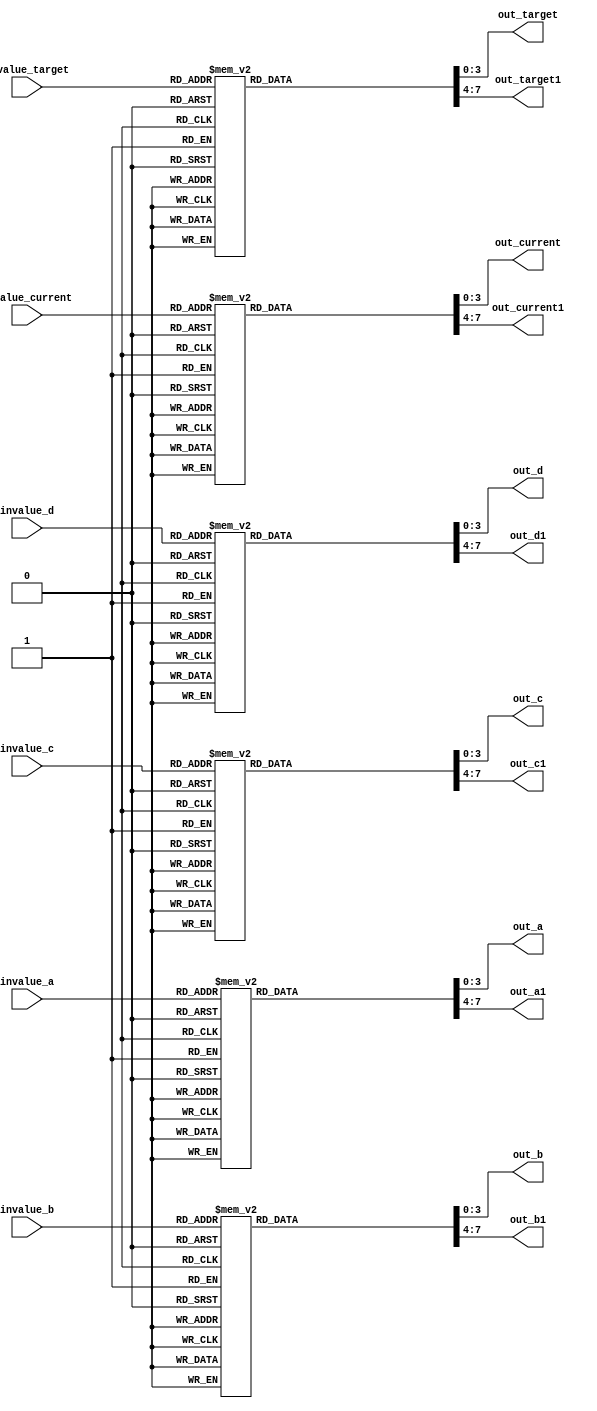
/*
   This file was generated automatically by Alchitry Labs version 1.2.1.
   Do not edit this file directly. Instead edit the original Lucid source.
   This is a temporary file and any changes made to it will be destroyed.
*/

module lookuptable_1 (
    input [3:0] invalue_a,
    input [3:0] invalue_b,
    input [3:0] invalue_c,
    input [3:0] invalue_d,
    input [6:0] invalue_current,
    input [6:0] invalue_target,
    output reg [3:0] out_a,
    output reg [3:0] out_a1,
    output reg [3:0] out_b,
    output reg [3:0] out_b1,
    output reg [3:0] out_c,
    output reg [3:0] out_c1,
    output reg [3:0] out_d,
    output reg [3:0] out_d1,
    output reg [3:0] out_current,
    output reg [3:0] out_current1,
    output reg [3:0] out_target,
    output reg [3:0] out_target1
  );
  
  
  
  always @* begin
    
    case (invalue_a)
      1'h1: begin
        out_a = 4'h1;
        out_a1 = 4'h0;
      end
      2'h2: begin
        out_a = 4'h2;
        out_a1 = 4'h0;
      end
      2'h3: begin
        out_a = 4'h3;
        out_a1 = 4'h0;
      end
      3'h4: begin
        out_a = 4'h4;
        out_a1 = 4'h0;
      end
      3'h5: begin
        out_a = 4'h5;
        out_a1 = 4'h0;
      end
      3'h6: begin
        out_a = 4'h6;
        out_a1 = 4'h0;
      end
      3'h7: begin
        out_a = 4'h7;
        out_a1 = 4'h0;
      end
      4'h8: begin
        out_a = 4'h8;
        out_a1 = 4'h0;
      end
      4'h9: begin
        out_a = 4'h9;
        out_a1 = 4'h0;
      end
      4'ha: begin
        out_a = 4'h0;
        out_a1 = 4'h1;
      end
      4'hb: begin
        out_a = 4'h1;
        out_a1 = 4'h1;
      end
      4'hc: begin
        out_a = 4'h2;
        out_a1 = 4'h1;
      end
      4'hd: begin
        out_a = 4'h3;
        out_a1 = 4'h1;
      end
      4'he: begin
        out_a = 4'h4;
        out_a1 = 4'h1;
      end
      4'hf: begin
        out_a = 4'h5;
        out_a1 = 4'h1;
      end
      default: begin
        out_a = 4'h0;
        out_a1 = 4'h0;
      end
    endcase
    
    case (invalue_b)
      1'h1: begin
        out_b = 4'h1;
        out_b1 = 4'h0;
      end
      2'h2: begin
        out_b = 4'h2;
        out_b1 = 4'h0;
      end
      2'h3: begin
        out_b = 4'h3;
        out_b1 = 4'h0;
      end
      3'h4: begin
        out_b = 4'h4;
        out_b1 = 4'h0;
      end
      3'h5: begin
        out_b = 4'h5;
        out_b1 = 4'h0;
      end
      3'h6: begin
        out_b = 4'h6;
        out_b1 = 4'h0;
      end
      3'h7: begin
        out_b = 4'h7;
        out_b1 = 4'h0;
      end
      4'h8: begin
        out_b = 4'h8;
        out_b1 = 4'h0;
      end
      4'h9: begin
        out_b = 4'h9;
        out_b1 = 4'h0;
      end
      4'ha: begin
        out_b = 4'h0;
        out_b1 = 4'h1;
      end
      4'hb: begin
        out_b = 4'h1;
        out_b1 = 4'h1;
      end
      4'hc: begin
        out_b = 4'h2;
        out_b1 = 4'h1;
      end
      4'hd: begin
        out_b = 4'h3;
        out_b1 = 4'h1;
      end
      4'he: begin
        out_b = 4'h4;
        out_b1 = 4'h1;
      end
      4'hf: begin
        out_b = 4'h5;
        out_b1 = 4'h1;
      end
      default: begin
        out_b = 4'h0;
        out_b1 = 4'h0;
      end
    endcase
    
    case (invalue_c)
      1'h1: begin
        out_c = 4'h1;
        out_c1 = 4'h0;
      end
      2'h2: begin
        out_c = 4'h2;
        out_c1 = 4'h0;
      end
      2'h3: begin
        out_c = 4'h3;
        out_c1 = 4'h0;
      end
      3'h4: begin
        out_c = 4'h4;
        out_c1 = 4'h0;
      end
      3'h5: begin
        out_c = 4'h5;
        out_c1 = 4'h0;
      end
      3'h6: begin
        out_c = 4'h6;
        out_c1 = 4'h0;
      end
      3'h7: begin
        out_c = 4'h7;
        out_c1 = 4'h0;
      end
      4'h8: begin
        out_c = 4'h8;
        out_c1 = 4'h0;
      end
      4'h9: begin
        out_c = 4'h9;
        out_c1 = 4'h0;
      end
      4'ha: begin
        out_c = 4'h0;
        out_c1 = 4'h1;
      end
      4'hb: begin
        out_c = 4'h1;
        out_c1 = 4'h1;
      end
      4'hc: begin
        out_c = 4'h2;
        out_c1 = 4'h1;
      end
      4'hd: begin
        out_c = 4'h3;
        out_c1 = 4'h1;
      end
      4'he: begin
        out_c = 4'h4;
        out_c1 = 4'h1;
      end
      4'hf: begin
        out_c = 4'h5;
        out_c1 = 4'h1;
      end
      default: begin
        out_c = 4'h0;
        out_c1 = 4'h0;
      end
    endcase
    
    case (invalue_d)
      1'h1: begin
        out_d = 4'h1;
        out_d1 = 4'h0;
      end
      2'h2: begin
        out_d = 4'h2;
        out_d1 = 4'h0;
      end
      2'h3: begin
        out_d = 4'h3;
        out_d1 = 4'h0;
      end
      3'h4: begin
        out_d = 4'h4;
        out_d1 = 4'h0;
      end
      3'h5: begin
        out_d = 4'h5;
        out_d1 = 4'h0;
      end
      3'h6: begin
        out_d = 4'h6;
        out_d1 = 4'h0;
      end
      3'h7: begin
        out_d = 4'h7;
        out_d1 = 4'h0;
      end
      4'h8: begin
        out_d = 4'h8;
        out_d1 = 4'h0;
      end
      4'h9: begin
        out_d = 4'h9;
        out_d1 = 4'h0;
      end
      4'ha: begin
        out_d = 4'h0;
        out_d1 = 4'h1;
      end
      4'hb: begin
        out_d = 4'h1;
        out_d1 = 4'h1;
      end
      4'hc: begin
        out_d = 4'h2;
        out_d1 = 4'h1;
      end
      4'hd: begin
        out_d = 4'h3;
        out_d1 = 4'h1;
      end
      4'he: begin
        out_d = 4'h4;
        out_d1 = 4'h1;
      end
      4'hf: begin
        out_d = 4'h5;
        out_d1 = 4'h1;
      end
      default: begin
        out_d = 4'h0;
        out_d1 = 4'h0;
      end
    endcase
    
    case (invalue_current)
      1'h0: begin
        out_current = 4'h0;
        out_current1 = 4'h0;
      end
      1'h1: begin
        out_current = 4'h1;
        out_current1 = 4'h0;
      end
      2'h2: begin
        out_current = 4'h2;
        out_current1 = 4'h0;
      end
      2'h3: begin
        out_current = 4'h3;
        out_current1 = 4'h0;
      end
      3'h4: begin
        out_current = 4'h4;
        out_current1 = 4'h0;
      end
      3'h5: begin
        out_current = 4'h5;
        out_current1 = 4'h0;
      end
      3'h6: begin
        out_current = 4'h6;
        out_current1 = 4'h0;
      end
      3'h7: begin
        out_current = 4'h7;
        out_current1 = 4'h0;
      end
      4'h8: begin
        out_current = 4'h8;
        out_current1 = 4'h0;
      end
      4'h9: begin
        out_current = 4'h9;
        out_current1 = 4'h0;
      end
      4'ha: begin
        out_current = 4'h0;
        out_current1 = 4'h1;
      end
      4'hb: begin
        out_current = 4'h1;
        out_current1 = 4'h1;
      end
      4'hc: begin
        out_current = 4'h2;
        out_current1 = 4'h1;
      end
      4'hd: begin
        out_current = 4'h3;
        out_current1 = 4'h1;
      end
      4'he: begin
        out_current = 4'h4;
        out_current1 = 4'h1;
      end
      4'hf: begin
        out_current = 4'h5;
        out_current1 = 4'h1;
      end
      5'h10: begin
        out_current = 4'h6;
        out_current1 = 4'h1;
      end
      5'h11: begin
        out_current = 4'h7;
        out_current1 = 4'h1;
      end
      5'h12: begin
        out_current = 4'h8;
        out_current1 = 4'h1;
      end
      5'h13: begin
        out_current = 4'h9;
        out_current1 = 4'h1;
      end
      5'h14: begin
        out_current = 4'h0;
        out_current1 = 4'h2;
      end
      5'h15: begin
        out_current = 4'h1;
        out_current1 = 4'h2;
      end
      5'h16: begin
        out_current = 4'h2;
        out_current1 = 4'h2;
      end
      5'h17: begin
        out_current = 4'h3;
        out_current1 = 4'h2;
      end
      5'h18: begin
        out_current = 4'h4;
        out_current1 = 4'h2;
      end
      5'h19: begin
        out_current = 4'h5;
        out_current1 = 4'h2;
      end
      5'h1a: begin
        out_current = 4'h6;
        out_current1 = 4'h2;
      end
      5'h1b: begin
        out_current = 4'h7;
        out_current1 = 4'h2;
      end
      5'h1c: begin
        out_current = 4'h8;
        out_current1 = 4'h2;
      end
      5'h1d: begin
        out_current = 4'h9;
        out_current1 = 4'h2;
      end
      5'h1e: begin
        out_current = 4'h0;
        out_current1 = 4'h3;
      end
      5'h1f: begin
        out_current = 4'h1;
        out_current1 = 4'h3;
      end
      6'h20: begin
        out_current = 4'h2;
        out_current1 = 4'h3;
      end
      6'h21: begin
        out_current = 4'h3;
        out_current1 = 4'h3;
      end
      6'h22: begin
        out_current = 4'h4;
        out_current1 = 4'h3;
      end
      6'h23: begin
        out_current = 4'h5;
        out_current1 = 4'h3;
      end
      6'h24: begin
        out_current = 4'h6;
        out_current1 = 4'h3;
      end
      6'h25: begin
        out_current = 4'h7;
        out_current1 = 4'h3;
      end
      6'h26: begin
        out_current = 4'h8;
        out_current1 = 4'h3;
      end
      6'h27: begin
        out_current = 4'h9;
        out_current1 = 4'h3;
      end
      6'h28: begin
        out_current = 4'h0;
        out_current1 = 4'h4;
      end
      6'h29: begin
        out_current = 4'h1;
        out_current1 = 4'h4;
      end
      6'h2a: begin
        out_current = 4'h2;
        out_current1 = 4'h4;
      end
      6'h2b: begin
        out_current = 4'h3;
        out_current1 = 4'h4;
      end
      6'h2c: begin
        out_current = 4'h4;
        out_current1 = 4'h4;
      end
      6'h2d: begin
        out_current = 4'h5;
        out_current1 = 4'h4;
      end
      6'h2e: begin
        out_current = 4'h6;
        out_current1 = 4'h4;
      end
      6'h2f: begin
        out_current = 4'h7;
        out_current1 = 4'h4;
      end
      6'h30: begin
        out_current = 4'h8;
        out_current1 = 4'h4;
      end
      6'h31: begin
        out_current = 4'h9;
        out_current1 = 4'h4;
      end
      6'h32: begin
        out_current = 4'h0;
        out_current1 = 4'h5;
      end
      6'h33: begin
        out_current = 4'h1;
        out_current1 = 4'h5;
      end
      6'h34: begin
        out_current = 4'h2;
        out_current1 = 4'h5;
      end
      6'h35: begin
        out_current = 4'h3;
        out_current1 = 4'h5;
      end
      6'h36: begin
        out_current = 4'h4;
        out_current1 = 4'h5;
      end
      6'h37: begin
        out_current = 4'h5;
        out_current1 = 4'h5;
      end
      6'h38: begin
        out_current = 4'h6;
        out_current1 = 4'h5;
      end
      6'h39: begin
        out_current = 4'h7;
        out_current1 = 4'h5;
      end
      6'h3a: begin
        out_current = 4'h8;
        out_current1 = 4'h5;
      end
      6'h3b: begin
        out_current = 4'h9;
        out_current1 = 4'h5;
      end
      6'h3c: begin
        out_current = 4'h0;
        out_current1 = 4'h6;
      end
      6'h3d: begin
        out_current = 4'h1;
        out_current1 = 4'h6;
      end
      6'h3e: begin
        out_current = 4'h2;
        out_current1 = 4'h6;
      end
      6'h3f: begin
        out_current = 4'h3;
        out_current1 = 4'h6;
      end
      7'h40: begin
        out_current = 4'h4;
        out_current1 = 4'h6;
      end
      7'h41: begin
        out_current = 4'h5;
        out_current1 = 4'h6;
      end
      7'h42: begin
        out_current = 4'h6;
        out_current1 = 4'h6;
      end
      7'h43: begin
        out_current = 4'h7;
        out_current1 = 4'h6;
      end
      7'h44: begin
        out_current = 4'h8;
        out_current1 = 4'h6;
      end
      7'h45: begin
        out_current = 4'h9;
        out_current1 = 4'h6;
      end
      7'h46: begin
        out_current = 4'h0;
        out_current1 = 4'h7;
      end
      7'h47: begin
        out_current = 4'h1;
        out_current1 = 4'h7;
      end
      7'h48: begin
        out_current = 4'h2;
        out_current1 = 4'h7;
      end
      7'h49: begin
        out_current = 4'h3;
        out_current1 = 4'h7;
      end
      7'h4a: begin
        out_current = 4'h4;
        out_current1 = 4'h7;
      end
      7'h4b: begin
        out_current = 4'h5;
        out_current1 = 4'h7;
      end
      7'h4c: begin
        out_current = 4'h6;
        out_current1 = 4'h7;
      end
      7'h4d: begin
        out_current = 4'h7;
        out_current1 = 4'h7;
      end
      7'h4e: begin
        out_current = 4'h8;
        out_current1 = 4'h7;
      end
      7'h4f: begin
        out_current = 4'h9;
        out_current1 = 4'h7;
      end
      7'h50: begin
        out_current = 4'h0;
        out_current1 = 4'h8;
      end
      7'h51: begin
        out_current = 4'h1;
        out_current1 = 4'h8;
      end
      7'h52: begin
        out_current = 4'h2;
        out_current1 = 4'h8;
      end
      7'h53: begin
        out_current = 4'h3;
        out_current1 = 4'h8;
      end
      7'h54: begin
        out_current = 4'h4;
        out_current1 = 4'h8;
      end
      7'h55: begin
        out_current = 4'h5;
        out_current1 = 4'h8;
      end
      7'h56: begin
        out_current = 4'h6;
        out_current1 = 4'h8;
      end
      7'h57: begin
        out_current = 4'h7;
        out_current1 = 4'h8;
      end
      7'h58: begin
        out_current = 4'h8;
        out_current1 = 4'h8;
      end
      7'h59: begin
        out_current = 4'h9;
        out_current1 = 4'h8;
      end
      7'h5a: begin
        out_current = 4'h0;
        out_current1 = 4'h9;
      end
      7'h5b: begin
        out_current = 4'h1;
        out_current1 = 4'h9;
      end
      7'h5c: begin
        out_current = 4'h2;
        out_current1 = 4'h9;
      end
      7'h5d: begin
        out_current = 4'h3;
        out_current1 = 4'h9;
      end
      7'h5e: begin
        out_current = 4'h4;
        out_current1 = 4'h9;
      end
      7'h5f: begin
        out_current = 4'h5;
        out_current1 = 4'h9;
      end
      7'h60: begin
        out_current = 4'h6;
        out_current1 = 4'h9;
      end
      7'h61: begin
        out_current = 4'h7;
        out_current1 = 4'h9;
      end
      7'h62: begin
        out_current = 4'h8;
        out_current1 = 4'h9;
      end
      7'h63: begin
        out_current = 4'h9;
        out_current1 = 4'h9;
      end
      default: begin
        out_current = 4'h0;
        out_current1 = 4'h0;
      end
    endcase
    
    case (invalue_target)
      1'h0: begin
        out_target = 4'h0;
        out_target1 = 4'h0;
      end
      1'h1: begin
        out_target = 4'h1;
        out_target1 = 4'h0;
      end
      2'h2: begin
        out_target = 4'h2;
        out_target1 = 4'h0;
      end
      2'h3: begin
        out_target = 4'h3;
        out_target1 = 4'h0;
      end
      3'h4: begin
        out_target = 4'h4;
        out_target1 = 4'h0;
      end
      3'h5: begin
        out_target = 4'h5;
        out_target1 = 4'h0;
      end
      3'h6: begin
        out_target = 4'h6;
        out_target1 = 4'h0;
      end
      3'h7: begin
        out_target = 4'h7;
        out_target1 = 4'h0;
      end
      4'h8: begin
        out_target = 4'h8;
        out_target1 = 4'h0;
      end
      4'h9: begin
        out_target = 4'h9;
        out_target1 = 4'h0;
      end
      4'ha: begin
        out_target = 4'h0;
        out_target1 = 4'h1;
      end
      4'hb: begin
        out_target = 4'h1;
        out_target1 = 4'h1;
      end
      4'hc: begin
        out_target = 4'h2;
        out_target1 = 4'h1;
      end
      4'hd: begin
        out_target = 4'h3;
        out_target1 = 4'h1;
      end
      4'he: begin
        out_target = 4'h4;
        out_target1 = 4'h1;
      end
      4'hf: begin
        out_target = 4'h5;
        out_target1 = 4'h1;
      end
      5'h10: begin
        out_target = 4'h6;
        out_target1 = 4'h1;
      end
      5'h11: begin
        out_target = 4'h7;
        out_target1 = 4'h1;
      end
      5'h12: begin
        out_target = 4'h8;
        out_target1 = 4'h1;
      end
      5'h13: begin
        out_target = 4'h9;
        out_target1 = 4'h1;
      end
      5'h14: begin
        out_target = 4'h0;
        out_target1 = 4'h2;
      end
      5'h15: begin
        out_target = 4'h1;
        out_target1 = 4'h2;
      end
      5'h16: begin
        out_target = 4'h2;
        out_target1 = 4'h2;
      end
      5'h17: begin
        out_target = 4'h3;
        out_target1 = 4'h2;
      end
      5'h18: begin
        out_target = 4'h4;
        out_target1 = 4'h2;
      end
      5'h19: begin
        out_target = 4'h5;
        out_target1 = 4'h2;
      end
      5'h1a: begin
        out_target = 4'h6;
        out_target1 = 4'h2;
      end
      5'h1b: begin
        out_target = 4'h7;
        out_target1 = 4'h2;
      end
      5'h1c: begin
        out_target = 4'h8;
        out_target1 = 4'h2;
      end
      5'h1d: begin
        out_target = 4'h9;
        out_target1 = 4'h2;
      end
      5'h1e: begin
        out_target = 4'h0;
        out_target1 = 4'h3;
      end
      5'h1f: begin
        out_target = 4'h1;
        out_target1 = 4'h3;
      end
      6'h20: begin
        out_target = 4'h2;
        out_target1 = 4'h3;
      end
      6'h21: begin
        out_target = 4'h3;
        out_target1 = 4'h3;
      end
      6'h22: begin
        out_target = 4'h4;
        out_target1 = 4'h3;
      end
      6'h23: begin
        out_target = 4'h5;
        out_target1 = 4'h3;
      end
      6'h24: begin
        out_target = 4'h6;
        out_target1 = 4'h3;
      end
      6'h25: begin
        out_target = 4'h7;
        out_target1 = 4'h3;
      end
      6'h26: begin
        out_target = 4'h8;
        out_target1 = 4'h3;
      end
      6'h27: begin
        out_target = 4'h9;
        out_target1 = 4'h3;
      end
      6'h28: begin
        out_target = 4'h0;
        out_target1 = 4'h4;
      end
      6'h29: begin
        out_target = 4'h1;
        out_target1 = 4'h4;
      end
      6'h2a: begin
        out_target = 4'h2;
        out_target1 = 4'h4;
      end
      6'h2b: begin
        out_target = 4'h3;
        out_target1 = 4'h4;
      end
      6'h2c: begin
        out_target = 4'h4;
        out_target1 = 4'h4;
      end
      6'h2d: begin
        out_target = 4'h5;
        out_target1 = 4'h4;
      end
      6'h2e: begin
        out_target = 4'h6;
        out_target1 = 4'h4;
      end
      6'h2f: begin
        out_target = 4'h7;
        out_target1 = 4'h4;
      end
      6'h30: begin
        out_target = 4'h8;
        out_target1 = 4'h4;
      end
      6'h31: begin
        out_target = 4'h9;
        out_target1 = 4'h4;
      end
      6'h32: begin
        out_target = 4'h0;
        out_target1 = 4'h5;
      end
      6'h33: begin
        out_target = 4'h1;
        out_target1 = 4'h5;
      end
      6'h34: begin
        out_target = 4'h2;
        out_target1 = 4'h5;
      end
      6'h35: begin
        out_target = 4'h3;
        out_target1 = 4'h5;
      end
      6'h36: begin
        out_target = 4'h4;
        out_target1 = 4'h5;
      end
      6'h37: begin
        out_target = 4'h5;
        out_target1 = 4'h5;
      end
      6'h38: begin
        out_target = 4'h6;
        out_target1 = 4'h5;
      end
      6'h39: begin
        out_target = 4'h7;
        out_target1 = 4'h5;
      end
      6'h3a: begin
        out_target = 4'h8;
        out_target1 = 4'h5;
      end
      6'h3b: begin
        out_target = 4'h9;
        out_target1 = 4'h5;
      end
      6'h3c: begin
        out_target = 4'h0;
        out_target1 = 4'h6;
      end
      6'h3d: begin
        out_target = 4'h1;
        out_target1 = 4'h6;
      end
      6'h3e: begin
        out_target = 4'h2;
        out_target1 = 4'h6;
      end
      6'h3f: begin
        out_target = 4'h3;
        out_target1 = 4'h6;
      end
      7'h40: begin
        out_target = 4'h4;
        out_target1 = 4'h6;
      end
      7'h41: begin
        out_target = 4'h5;
        out_target1 = 4'h6;
      end
      7'h42: begin
        out_target = 4'h6;
        out_target1 = 4'h6;
      end
      7'h43: begin
        out_target = 4'h7;
        out_target1 = 4'h6;
      end
      7'h44: begin
        out_target = 4'h8;
        out_target1 = 4'h6;
      end
      7'h45: begin
        out_target = 4'h9;
        out_target1 = 4'h6;
      end
      7'h46: begin
        out_target = 4'h0;
        out_target1 = 4'h7;
      end
      7'h47: begin
        out_target = 4'h1;
        out_target1 = 4'h7;
      end
      7'h48: begin
        out_target = 4'h2;
        out_target1 = 4'h7;
      end
      7'h49: begin
        out_target = 4'h3;
        out_target1 = 4'h7;
      end
      7'h4a: begin
        out_target = 4'h4;
        out_target1 = 4'h7;
      end
      7'h4b: begin
        out_target = 4'h5;
        out_target1 = 4'h7;
      end
      7'h4c: begin
        out_target = 4'h6;
        out_target1 = 4'h7;
      end
      7'h4d: begin
        out_target = 4'h7;
        out_target1 = 4'h7;
      end
      7'h4e: begin
        out_target = 4'h8;
        out_target1 = 4'h7;
      end
      7'h4f: begin
        out_target = 4'h9;
        out_target1 = 4'h7;
      end
      7'h50: begin
        out_target = 4'h0;
        out_target1 = 4'h8;
      end
      7'h51: begin
        out_target = 4'h1;
        out_target1 = 4'h8;
      end
      7'h52: begin
        out_target = 4'h2;
        out_target1 = 4'h8;
      end
      7'h53: begin
        out_target = 4'h3;
        out_target1 = 4'h8;
      end
      7'h54: begin
        out_target = 4'h4;
        out_target1 = 4'h8;
      end
      7'h55: begin
        out_target = 4'h5;
        out_target1 = 4'h8;
      end
      7'h56: begin
        out_target = 4'h6;
        out_target1 = 4'h8;
      end
      7'h57: begin
        out_target = 4'h7;
        out_target1 = 4'h8;
      end
      7'h58: begin
        out_target = 4'h8;
        out_target1 = 4'h8;
      end
      7'h59: begin
        out_target = 4'h9;
        out_target1 = 4'h8;
      end
      7'h5a: begin
        out_target = 4'h0;
        out_target1 = 4'h9;
      end
      7'h5b: begin
        out_target = 4'h1;
        out_target1 = 4'h9;
      end
      7'h5c: begin
        out_target = 4'h2;
        out_target1 = 4'h9;
      end
      7'h5d: begin
        out_target = 4'h3;
        out_target1 = 4'h9;
      end
      7'h5e: begin
        out_target = 4'h4;
        out_target1 = 4'h9;
      end
      7'h5f: begin
        out_target = 4'h5;
        out_target1 = 4'h9;
      end
      7'h60: begin
        out_target = 4'h6;
        out_target1 = 4'h9;
      end
      7'h61: begin
        out_target = 4'h7;
        out_target1 = 4'h9;
      end
      7'h62: begin
        out_target = 4'h8;
        out_target1 = 4'h9;
      end
      7'h63: begin
        out_target = 4'h9;
        out_target1 = 4'h9;
      end
      default: begin
        out_target = 4'h3;
        out_target1 = 4'h2;
      end
    endcase
  end
endmodule